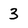
Character: 3